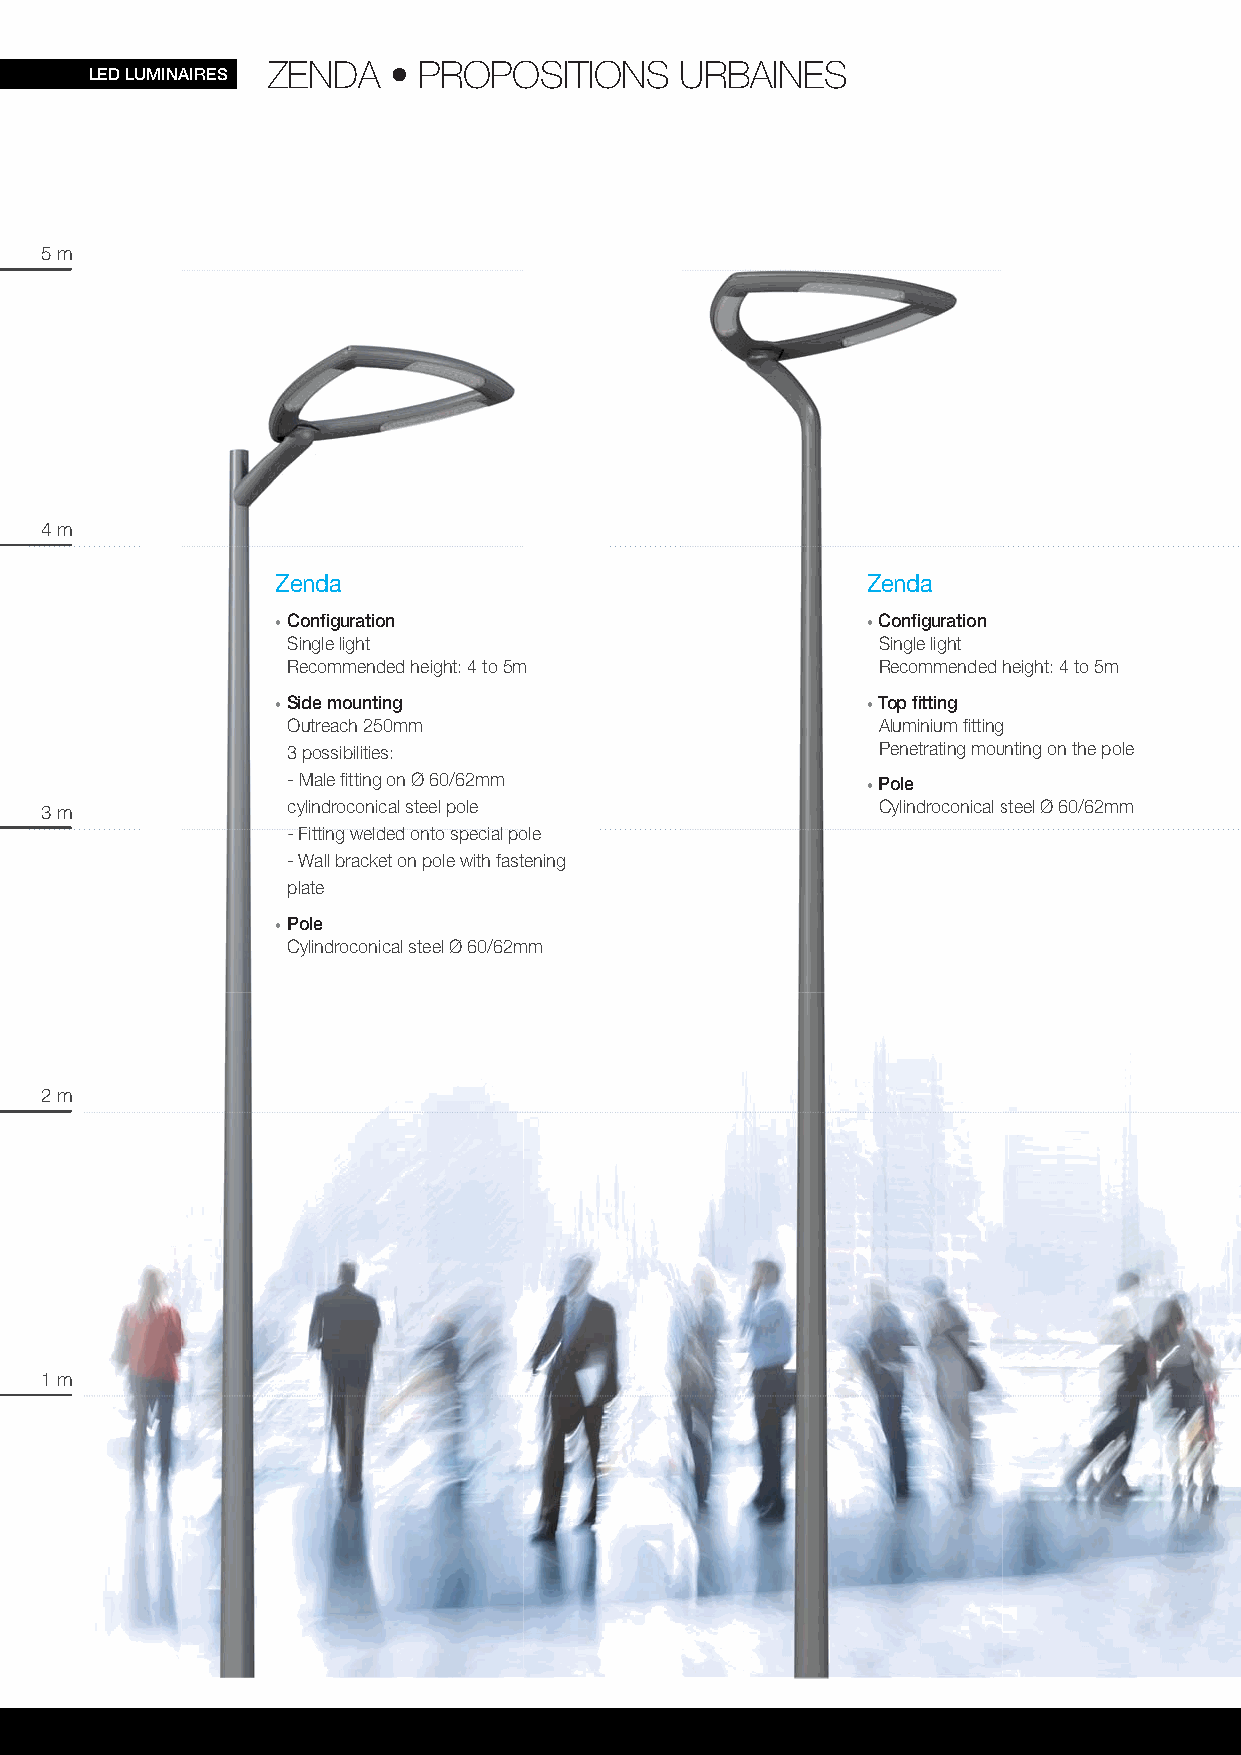
ZENDA   • PROPOSITIONS     URBAINES
 LED LUMINAIRES
 5 m
 4 m
 ZZeennddaa                             ZZeennddaa
 •• CCoonnfifi gguurraattiioonn         •• CCoonnfifi gguurraattiioonn
 SSiinnggllee lliigghhtt                SSiinnggllee lliigghhtt
 RReeccoommmmeennddeedd hheeiigghhtt:: 44 ttoo 55mm RReeccoommmmeennddeedd height: 4 to 5m
 •• SSiiddee mmoouunnttiinngg           •• TToopp fifi ttttiinngg
 OOuuttrreeaacchh 225500mmmm            AAlluummiinniiuumm fifi ttttiinngg
 33 ppoossssiibbiilliittiieess::        PPeenneettrraattiinngg mmoouunting on the pole
 -- MMaallee fifi ttttiinngg oonn ØØ 6600//6622mmmm •• PPoollee
 3 m             ccyylliinnddrrooccoonniiccaall sstteeeell ppoollee CCyylliinnddrrooccoonniiccaall ssteel Ø 60/62mm
 -- FFFiiittttttiiinngg wweellldddeeddd oonntttoo ssppeecciiiaalll ppoole
 -- WWaallll bbrraacckkeett oonn ppoollee wwiitthh ffaassttening
 ppllaattee
 •• PPoollee
 CCyylliinnddrrooccoonniiccaall sstteeeell ØØ 6600//6622mmm
 2 m
 1 m